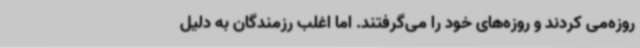
روزه‌می کردند و روزه‌های خود را می‌گرفتند. اما اغلب رزمندگان به دلیل